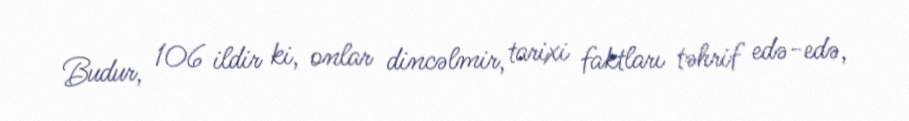
Budur, 106 ildir ki, onlar dincəlmir, tarixi faktları təhrif edə-edə,